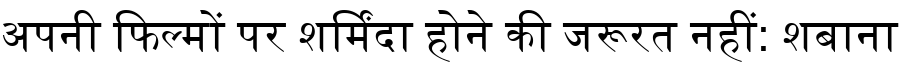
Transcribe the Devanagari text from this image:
अपनी फिल्मों पर शर्मिंदा होने की जरूरत नहीं: शबाना